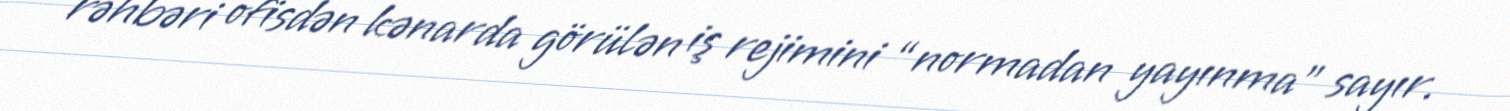
rəhbəri ofisdən kənarda görülən iş rejimini “normadan yayınma” sayır.